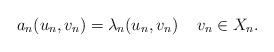
LaTeX: \begin{align*} a_n(u_n, v_n)=\lambda_n (u_n, v_n) \quad\, v_n\in X_n.\end{align*}